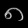
Digit: ၈